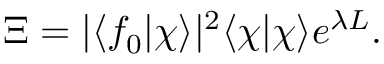
\Xi = | \langle f _ { 0 } | \chi \rangle | ^ { 2 } \langle \chi | \chi \rangle e ^ { \lambda L } .